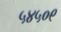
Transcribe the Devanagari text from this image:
५४५०९